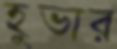
হুভার